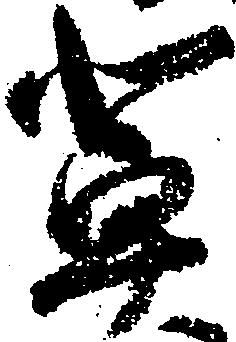
輩